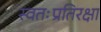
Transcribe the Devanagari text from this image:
स्वतःप्रतिरक्षा